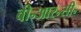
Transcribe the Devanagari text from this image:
बी॰आर॰सी॰